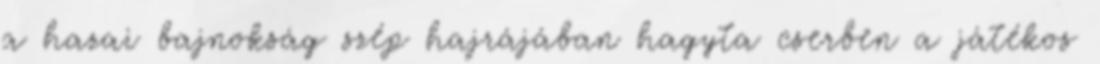
a hazai bajnokság szép hajrájában hagyta cserben a játékos